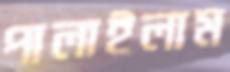
পালাইলাম